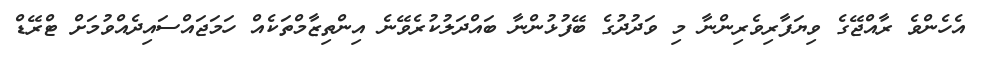
އެހެންވެ ރާއްޖޭގެ ވިޔަފާރިވެރިންނާ މި ވަދުދުގެ ބޭފުޅުންނާ ބައްދަލުކުރެވޭނެ އިންތިޒާމްތަކެއް ހަމަޖައްސައިދެއްވުމަށް ޓްރޭޑް